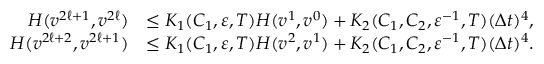
\begin{array} { r l } { H ( v ^ { 2 \ell + 1 } , v ^ { 2 \ell } ) } & { \le K _ { 1 } ( C _ { 1 } , \varepsilon , T ) H ( v ^ { 1 } , v ^ { 0 } ) + K _ { 2 } ( C _ { 1 } , C _ { 2 } , \varepsilon ^ { - 1 } , T ) ( \Delta t ) ^ { 4 } , } \\ { H ( v ^ { 2 \ell + 2 } , v ^ { 2 \ell + 1 } ) } & { \le K _ { 1 } ( C _ { 1 } , \varepsilon , T ) H ( v ^ { 2 } , v ^ { 1 } ) + K _ { 2 } ( C _ { 1 } , C _ { 2 } , \varepsilon ^ { - 1 } , T ) ( \Delta t ) ^ { 4 } . } \end{array}